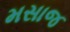
મસાજ